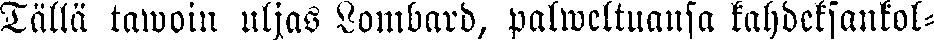
Tällä tawoin uljas Lombard, palweltuansa kahdeksankol-